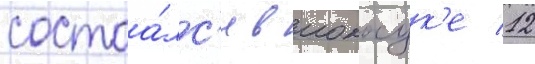
состоа́лс'я в иокосук'е 12